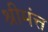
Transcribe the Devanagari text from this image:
श्रीमंत्त